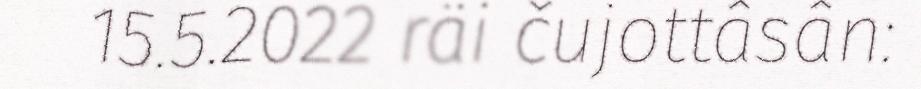
15.5.2022 räi čujottâsân: